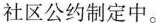
社区公约制定中。